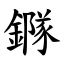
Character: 䥙